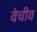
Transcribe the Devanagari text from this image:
वेचीव